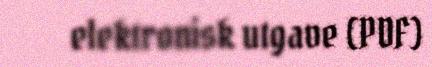
elektronisk utgave (PDF)